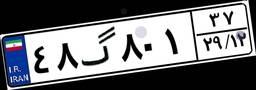
۴۸گ۸۰۱۳۷